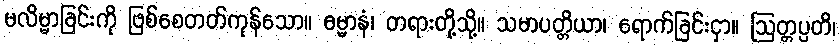
မလိမ္မာခြင်းကို ဖြစ်စေတတ်ကုန်သော။ ဓမ္မာနံ၊ တရားတို့သို့။ သမာပတ္တိယာ၊ ရောက်ခြင်းငှာ။ ဩတ္တပ္ပတိ၊